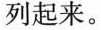
列起来。